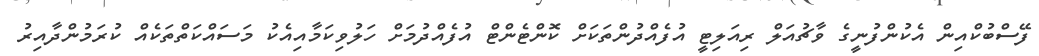
ފޭސްބުކްއިން އެކުންފުނީގެ ވާޗުއަލް ރިއަލިޓީ އުފެއްދުންތަކަށް ކޮންޓެންޓް އުފެއްދުމަށް ހަލުވިކަމާއިއެކު މަސައްކަތްތަކެއް ކުރަމުންދާއިރު